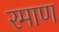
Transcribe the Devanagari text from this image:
रमाण